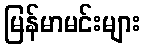
မြန်မာမင်းများ